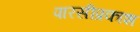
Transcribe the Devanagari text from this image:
पारसीप्रकाश